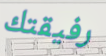
رفيقتك